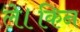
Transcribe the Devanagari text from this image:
ले।किन